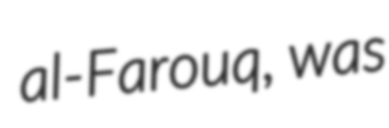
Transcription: al-Farouq, was